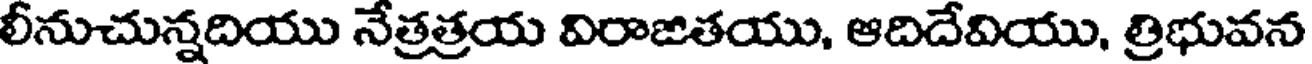
లీనుచున్నదియు నేత్రత్రయ విరాజితయు, ఆదిదేవియు, త్రిభువన